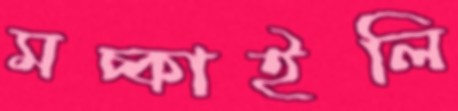
মচ্‌কাইলি